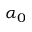
\alpha _ { 0 }